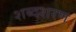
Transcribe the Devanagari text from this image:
शब्दशरण